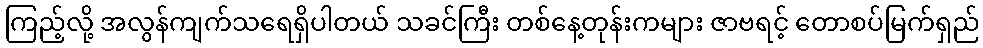
ကြည့်လို့ အလွန်ကျက်သရေရှိပါတယ် သခင်ကြီး တစ်နေ့တုန်းကများ ဇာဗရင့် တောစပ်မြက်ရှည်